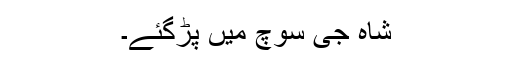
شاہ جی سوچ میں پڑگئے۔